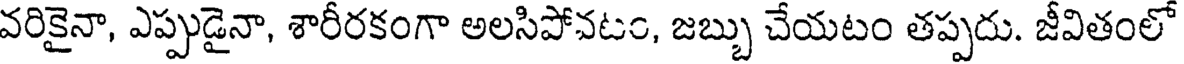
వరికైనా, ఎప్పుడైనా, శారీరకంగా అలసిపోవటం, జబ్బు చేయటం తప్పదు. జీవితంలో